画像に写った文字を読んでください
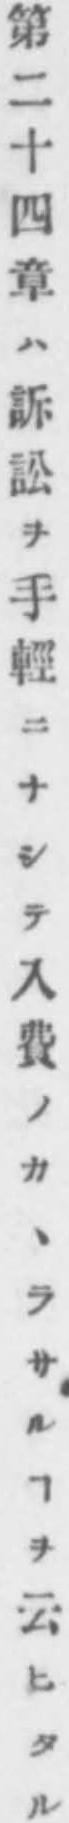
「第二十四章ハ訴訟ヲ手輕ニナシテ入費ノカヽラサルヿヲ云ヒタル」と書いてあります